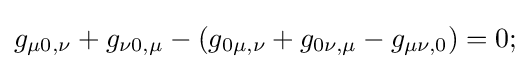
g_{\mu 0,\nu }+g_{\nu 0,\mu }-(g_{0\mu ,\nu }+g_{0\nu ,\mu }-g_{\mu \nu ,0})=0;